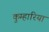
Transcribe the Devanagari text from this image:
कुम्हारिया